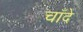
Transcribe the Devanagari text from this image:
चाँदे